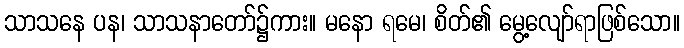
သာသနေ ပန၊ သာသနာတော်၌ကား။ မနော ရမေ၊ စိတ်၏ မွေ့လျော်ရာဖြစ်သော။